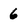
Character: 6